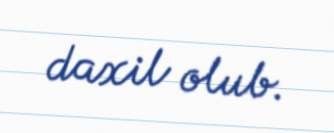
daxil olub.